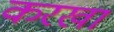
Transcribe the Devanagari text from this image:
करखा